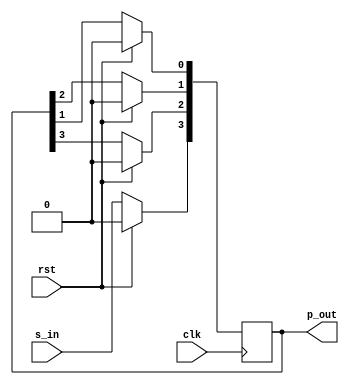
`timescale 1ns / 1ps

module sipo_behav(clk,rst,s_in,p_out);
input clk,rst,s_in;
output reg [3:0]p_out;

always@(posedge clk) begin
if (rst) begin
p_out <= 1'b0;
end
else begin
p_out[3]<= s_in;
p_out[2]<= p_out[3];
p_out[1]<= p_out[2];
p_out[0]<= p_out[1];
end
end
endmodule